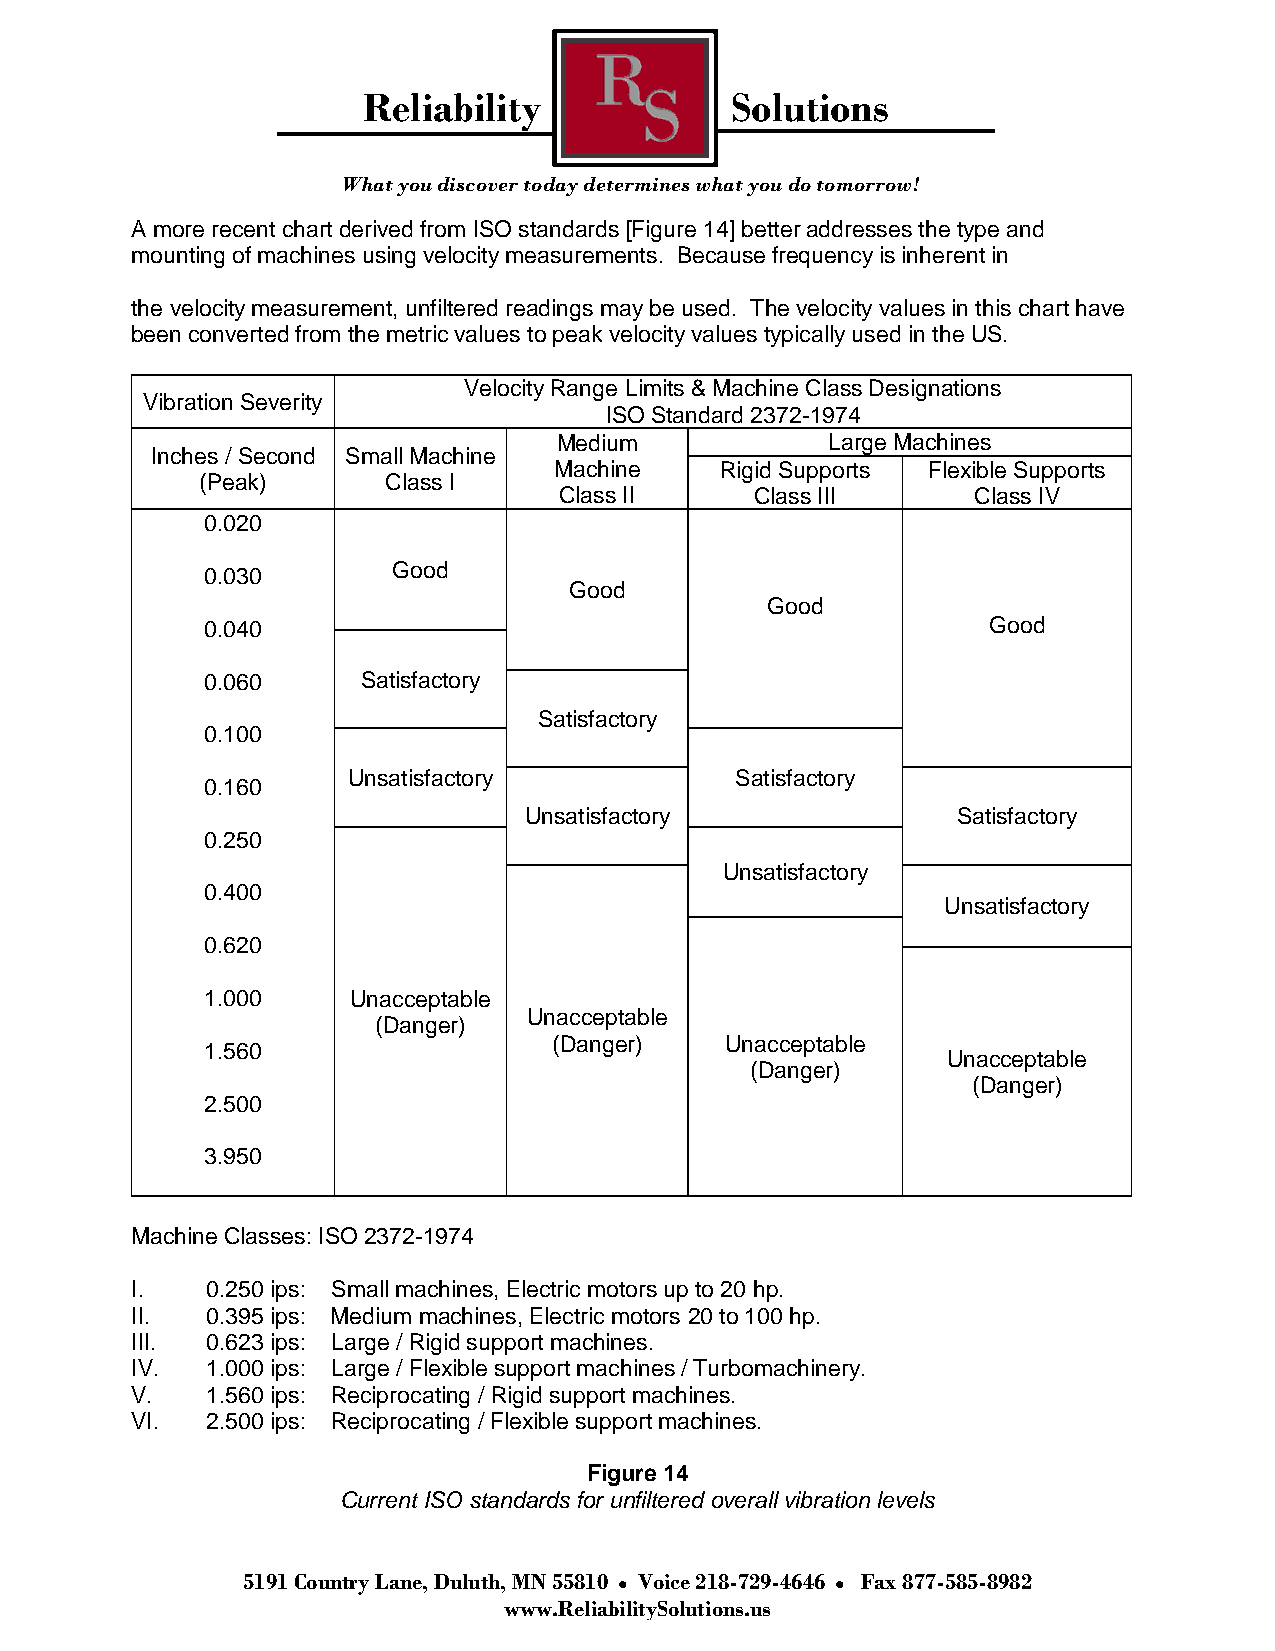
Reliability             Solutions
 What you discover today determines what you do tomorrow!
 A more recent chart derived from ISO standards [Figure 14] better addresses the type and
 mounting of machines using velocity measurements. Because frequency is inherent in
 the velocity measurement, unfiltered readings may be used. The velocity values in this chart have
 been converted from the metric values to peak velocity values typically used in the US.
 Velocity Range Limits & Machine Class Designations
 Vibration Severity
 ISO Standard 2372-1974
 Medium            Large Machines
 Inches / Second Small Machine
 Machine    Rigid Supports Flexible Supports
 (Peak)       Class I
 Class II     Class III      Class IV
 0.020
 0.030       Good
 Good
 Good
 0.040                                              Good
 0.060     Satisfactory
 Satisfactory
 0.100
 Unsatisfactory            Satisfactory
 0.160
 Unsatisfactory              Satisfactory
 0.250
 Unsatisfactory
 0.400
 Unsatisfactory
 0.620
 1.000    Unacceptable
 Unacceptable
 (Danger)
 (Danger)   Unacceptable
 1.560
 Unacceptable
 (Danger)
 (Danger)
 2.500
 3.950
 Machine Classes: ISO 2372-1974
 I.   0.250 ips: Small machines, Electric motors up to 20 hp.
 II.  0.395 ips: Medium machines, Electric motors 20 to 100 hp.
 III. 0.623 ips: Large / Rigid support machines.
 IV.  1.000 ips: Large / Flexible support machines / Turbomachinery.
 V.   1.560 ips: Reciprocating / Rigid support machines.
 VI.  2.500 ips: Reciprocating / Flexible support machines.
 Figure 14
 Current ISO standards for unfiltered overall vibration levels
 5191 Country Lane, Duluth, MN 55810 Voice 218-729-4646 Fax 877-585-8982
 www.ReliabilitySolutions.us